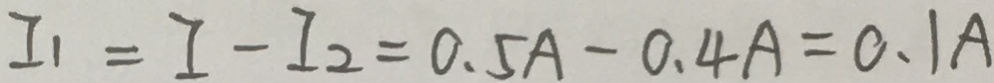
I _ { 1 } = I - I _ { 2 } = 0 . 5 A - 0 . 4 A = 0 . 1 A